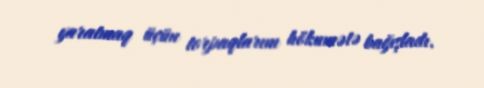
yaratmaq üçün torpaqlarını hökumətə bağışladı.